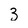
Character: 3